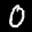
Label: 0